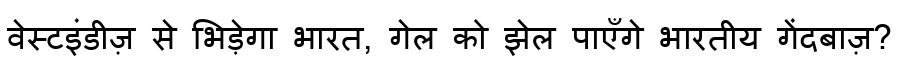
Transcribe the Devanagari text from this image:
वेस्टइंडीज़ से भिड़ेगा भारत, गेल को झेल पाएँगे भारतीय गेंदबाज़?